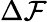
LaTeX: \Delta\mathcal{F}